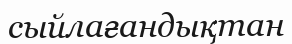
сыйлағандықтан